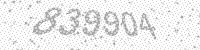
Solution: 839904